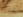
كلارك